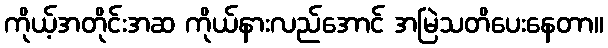
ကိုယ့်အတိုင်းအဆ ကိုယ်နားလည်အောင် အမြဲသတိပေးနေတာ။